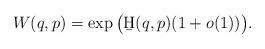
LaTeX: \begin{align*}W(q,p) = \exp\big(\b H(q,p)( 1+ o(1))\big).\end{align*}